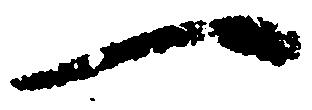
一